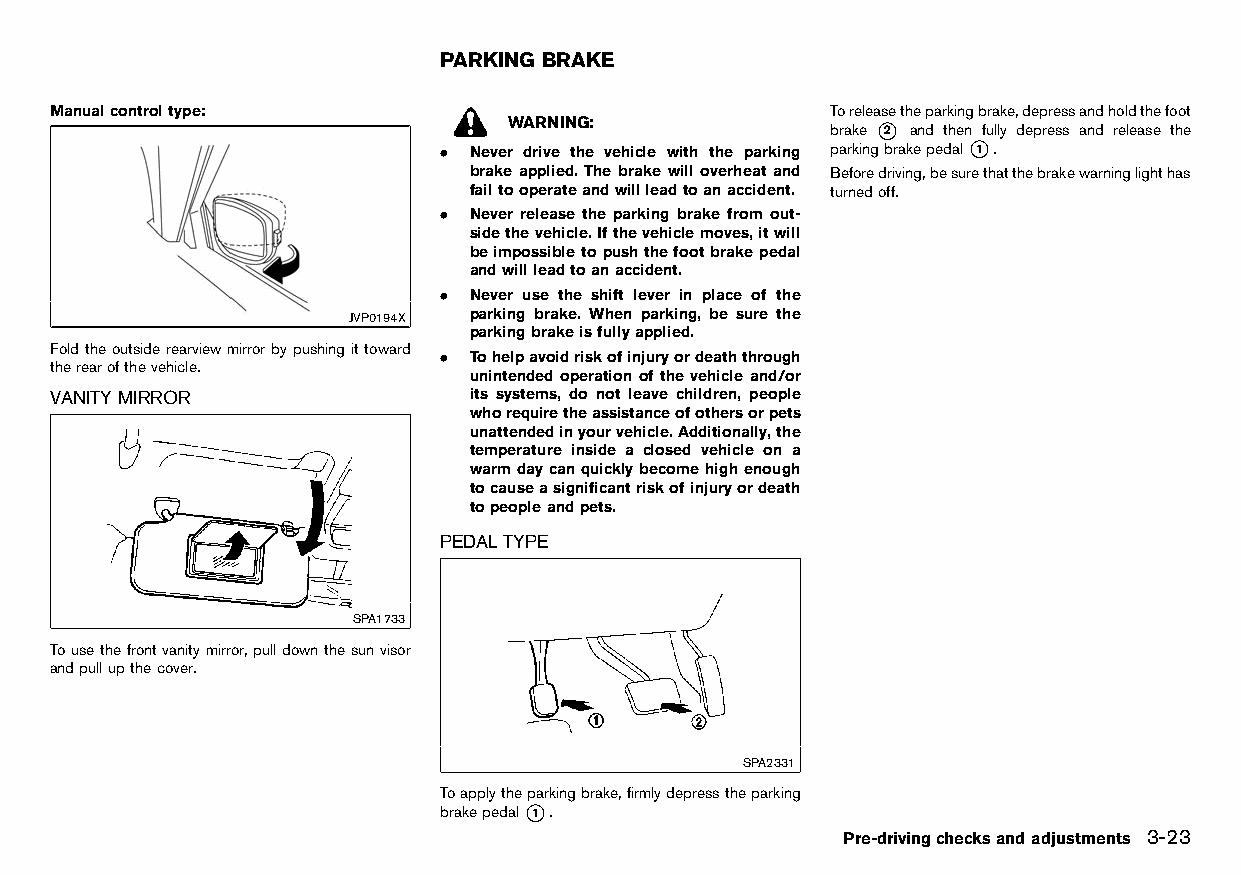
(131,1)
 PARKING BRAKE
 HT32A1-3EAB9897-9B0B-47AB-BC92-A0FAB01FF312
 Manualcontroltype:                                  Toreleasetheparkingbrake,depressandholdthefoot
 HT32A1-22018305-9BAB-4201-B6FC-C08EB94AEAE0 WARNING: brake *2 and then fully depress and release the
 . Never drive the vehicle with the parking parkingbrakepedal*1 .
 brake applied. The brake will overheat and Beforedriving,besurethatthebrakewarninglighthas
 failtooperateandwillleadtoanaccident. turnedoff.
 . Never release the parking brake from out-
 sidethevehicle.Ifthevehiclemoves,itwill
 beimpossibletopushthefootbrakepedal
 andwillleadtoanaccident.
 . Never use the shift lever in place of the
 JVP0194X parking brake. When parking, be sure the
 parkingbrakeisfullyapplied.
 Foldtheoutsiderearviewmirrorbypushingittoward
 . Tohelpavoidriskofinjuryordeaththrough
 therearofthevehicle.
 unintended operation ofthevehicle and/or
 VANITYMIRROR                its systems, do not leave children, people
 HT32A1-231ADF9C-8000-48A4-9823-818818E5CEE5 whorequiretheassistanceofothersorpets
 unattendedinyourvehicle.Additionally,the
 temperature inside a closed vehicle on a
 warmdaycanquicklybecomehighenough
 tocauseasignificantriskofinjuryordeath
 topeopleandpets.
 PEDALTYPE
 HT32A1-299E5FC1-DA03-4467-8F83-07CADBC70ECA
 SPA1733
 Tousethefrontvanitymirror,pulldownthesunvisor
 andpullupthecover.
 SPA2331
 Toapplytheparkingbrake,firmlydepresstheparking
 brakepedal*1 .
 Pre-drivingchecksandadjustments 3-23
 Condition:                        [Edit:2015/8/24 Model: HT32-A]